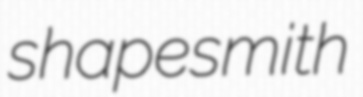
shapesmith